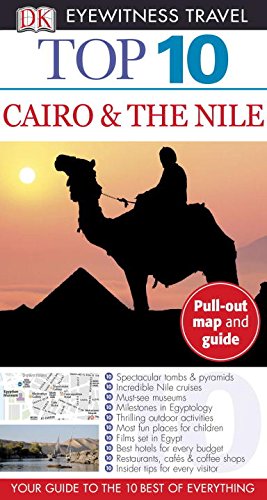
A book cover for Top 10 Cairo and the Nile (Eyewitness Top 10 Travel Guide); Andrew Humphreys; Travel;